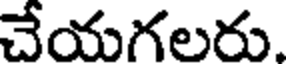
చేయగలరు.